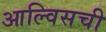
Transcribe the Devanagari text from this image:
आल्विसची